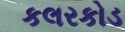
કલરકોડ